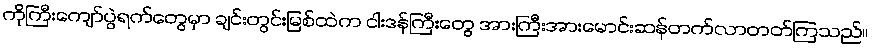
ကိုကြီးကျော်ပွဲရက်တွေမှာ ချင်းတွင်းမြစ်ထဲက ငါးဒန်ကြီးတွေ အားကြီးအားမောင်းဆန်တက်လာတတ်ကြသည်။